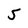
Character: 5